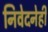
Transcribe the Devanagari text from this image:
निवेदनेही